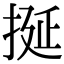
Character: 挻